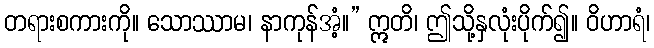
တရားစကားကို။ သောဿာမ၊ နာကုန်အံ့။” ဣတိ၊ ဤသို့နှလုံးပိုက်၍။ ဝိဟာရံ၊